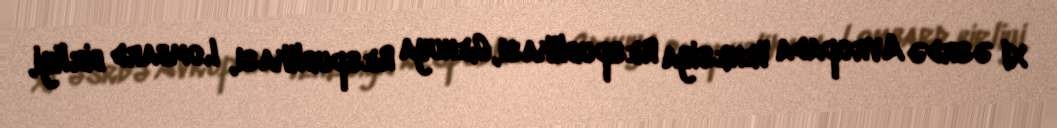
XI əsrdə Avropada Venesiya Respublikası, Genuya Respublikası, Lombard birliyi,